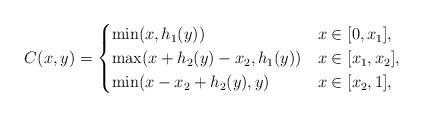
LaTeX: \begin{align*}C(x,y)=\begin{cases}\min(x,h_1(y))&x\in[0,x_1],\\\max(x+h_2(y)-x_2,h_1(y))&x\in[x_1,x_2],\\\min(x-x_2+h_2(y),y)&x\in[x_2,1],\end{cases}\end{align*}